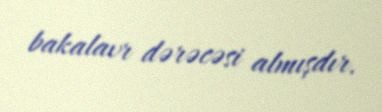
bakalavr dərəcəsi almışdır.